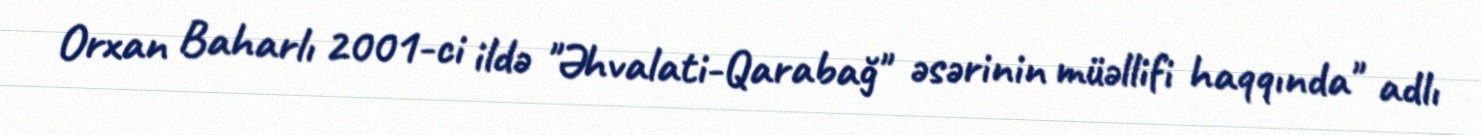
Orxan Baharlı 2001-ci ildə "Əhvalati-Qarabağ" əsərinin müəllifi haqqında" adlı